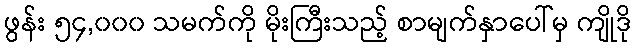
ဖွန်း ၅၄,၀၀၀ သမက်ကို မိုးကြီးသည့် စာမျက်နှာပေါ်မှ ကျိုဒို